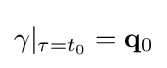
\gamma |_{\tau =t_{0}}=\mathbf {q} _{0}